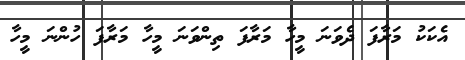
އެކަކު މަރާފަ ދެވަނަ މީހާ މަރާފަ ތިންވަނަ މީހާ މަރާފަ ހުންނަ މީހާ